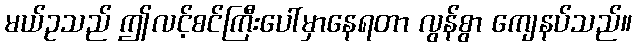
မယ်ဥသည် ဤလင့်စင်ကြီးပေါ်မှာနေရတာ လွန်စွာ ကျေနပ်သည်။